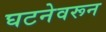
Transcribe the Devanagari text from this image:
घटनेवरून